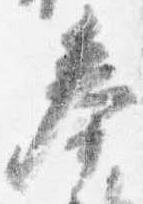
奉